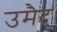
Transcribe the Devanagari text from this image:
उमैद